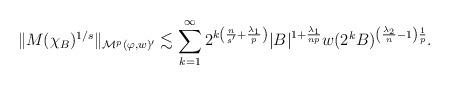
LaTeX: \begin{align*}\|M(\chi _{B})^{1/s}\|_{\mathcal M^{p}(\varphi,w)'} \lesssim \sum_{k=1}^\infty 2^{k\left (\frac n{s'}+\frac{\lambda_1}p\right)} |B|^{1+\frac{\lambda_1}{np}}w(2^kB)^{\left (\frac {\lambda_2}n-1\right)\frac 1p}.\end{align*}